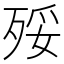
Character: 㱣